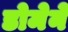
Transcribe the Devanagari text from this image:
डोमेने